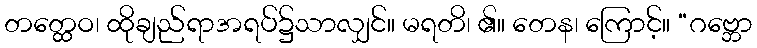
တတ္ထေဝ၊ ထိုချည်ရာအရပ်၌သာလျှင်။ မရတိ၊ ၏။ တေန၊ ကြောင့်။ “ဂဗ္ဘော